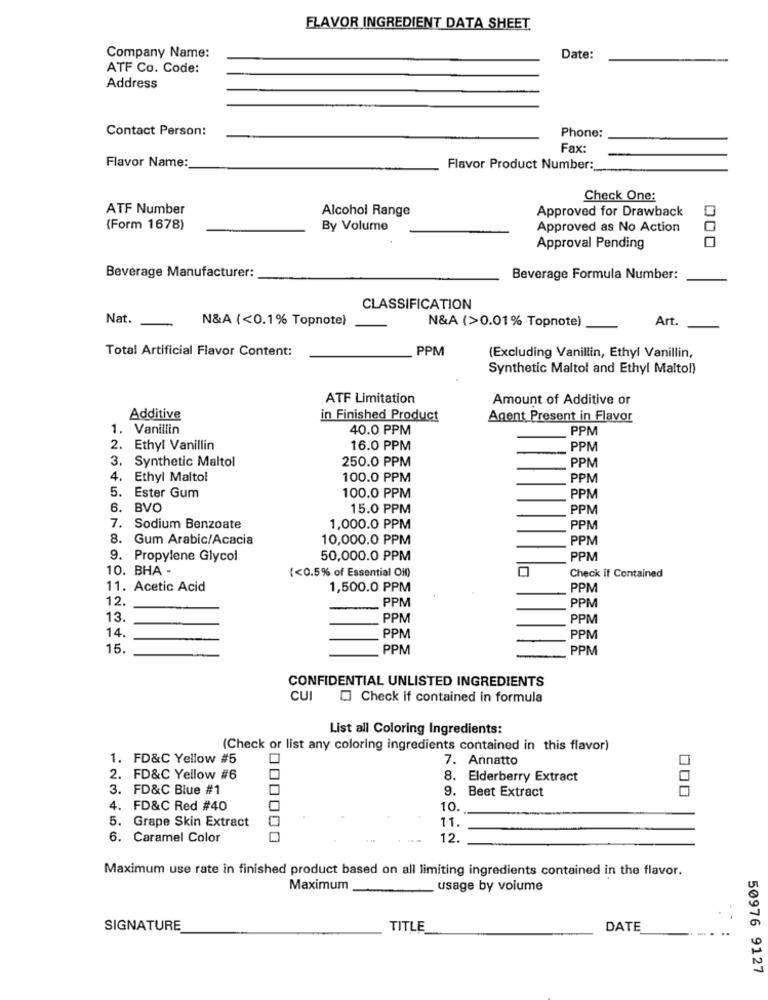
FLAVOR INGREDIENT DATA SHEET
Company Name:
Date:
ATF Co. Code:
Address
Contact Person:
Phone:
Fax:
Flavor Name:
Flavor Product Number:
Check One:
ATF Number
Alcohol Range
Approved for Drawback
(Form 1678)
By Volume
Approved as No Action
Approval Pending
000
Beverage Manufacturer:
Beverage Formula Number:
CLASSIFICATION
Nat.
N&A (<0.1% Topnote)
N&A (>0.01% Topnote)
Art.
Total Artificial Flavor Content:
PPM
(Excluding Vanillin, Ethyl Vanillin,
Synthetic Maltol and Ethyl Maltol)
ATF Limitation
Amount of Additive or
Additive
in Finished Product
Agent Present in Flavor
1. Vanillin
40.0 PPM
PPM
2. Ethyl Vanillin
16.0 PPM
PPM
3.
Synthetic Maltol
250.0 PPM
PPM
4.
Ethyl Maltol
100.0 PPM
PPM
5.
Ester Gum
100.0 PPM
PPM
6. BVO
15.0 PPM
PPM
7.
Sodium Benzoate
1,000.0 PPM
PPM
8. Gum Arabic/Acacia
10,000.0 PPM
PPM
9. Propylene Glycol
50,000.0 PPM
PPM
10. BHA -
(<0.5% of Essential Oil)
Check if Contained
11. Acetic Acid
1,500.0 PPM
PPM
12.
PPM
PPM
13.
PPM
PPM
14.
PPM
PPM
15.
PPM
PPM
CONFIDENTIAL UNLISTED INGREDIENTS
CUI
Check if contained in formula
List all Coloring Ingredients:
(Check or list any coloring ingredients contained in this flavor)
1. FD&C Yellow #5
7. Annatto
2. FD&C Yellow #6
8. Elderberry Extract
3. FD&C Blue #1
9. Beet Extract
000
4. FD&C Red #40
10.
5. Grape Skin Extract
11.
6. Caramel Color
12.
Maximum use rate in finished product based on all limiting ingredients contained in the flavor.
Maximum
usage by volume
SIGNATURE
TITLE
DATE
50976 9127